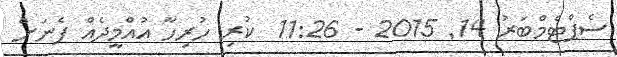
ސެޕްޓެމްބަރު 14